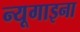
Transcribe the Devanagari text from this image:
न्यूगाइना